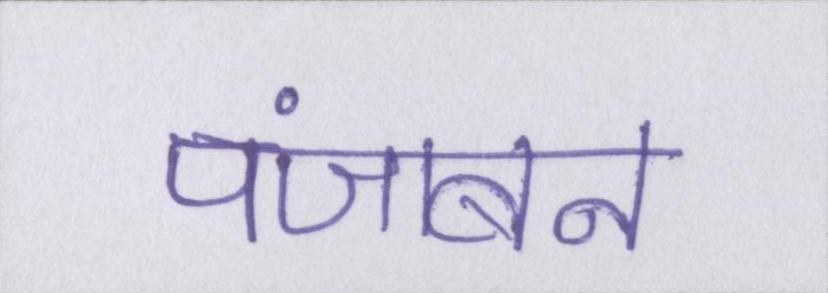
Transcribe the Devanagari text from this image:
पंजाबन